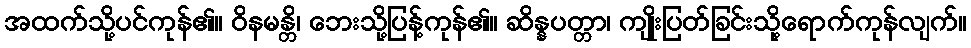
အထက်သို့ပင်ကုန်၏။ ဝိနမန္တိ၊ ဘေးသို့ပြန့်ကုန်၏။ ဆိန္နပတ္တာ၊ ကျိုးပြတ်ခြင်းသို့ရောက်ကုန်လျက်။